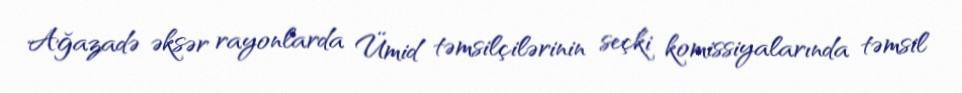
Ağazadə əksər rayonlarda Ümid təmsilçilərinin seçki komissiyalarında təmsil